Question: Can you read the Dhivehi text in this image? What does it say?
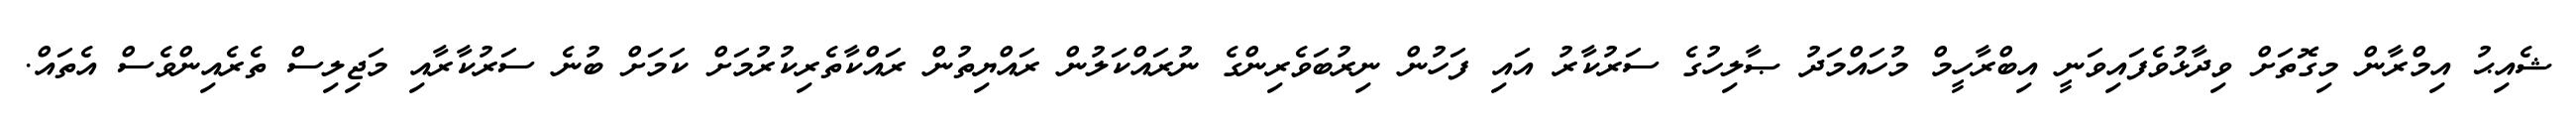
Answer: ޝެއިޙު އިމްރާން މިގޮތަށް ވިދާޅުވެފައިވަނީ އިބްރާހީމް މުހައްމަދު ޞާލިހުގެ ސަރުކާރު އައި ފަހުން ނިރުބަވެރިންގެ ނުރައްކަލުން ރައްޔިތުން ރައްކާތެރިކުރުމަށް ކަމަށް ބުނެ ސަރުކާރާއި މަޖިލިސް ތެރެއިންވެސް އެތައް.